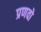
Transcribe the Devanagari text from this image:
प्रणवो